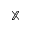
\mathbb { X }